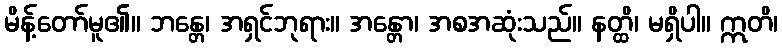
မိန့်တော်မူ၏။ ဘန္တေ၊ အရှင်ဘုရား။ အန္တော၊ အစအဆုံးသည်။ နတ္ထိ၊ မရှိပါ။ ဣတိ၊